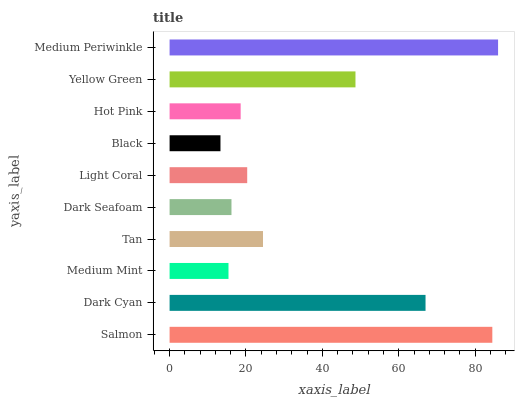
| yaxis_label | bars |
 | --- | --- |
 | Salmon | 84.5 |
 | Dark Cyan | 67 |
 | Medium Mint | 15.4 |
 | Tan | 24.5 |
 | Dark Seafoam | 16.2 |
 | Light Coral | 20.3 |
 | Black | 13.3 |
 | Hot Pink | 18.6 |
 | Yellow Green | 48.7 |
 | Medium Periwinkle | 86 |